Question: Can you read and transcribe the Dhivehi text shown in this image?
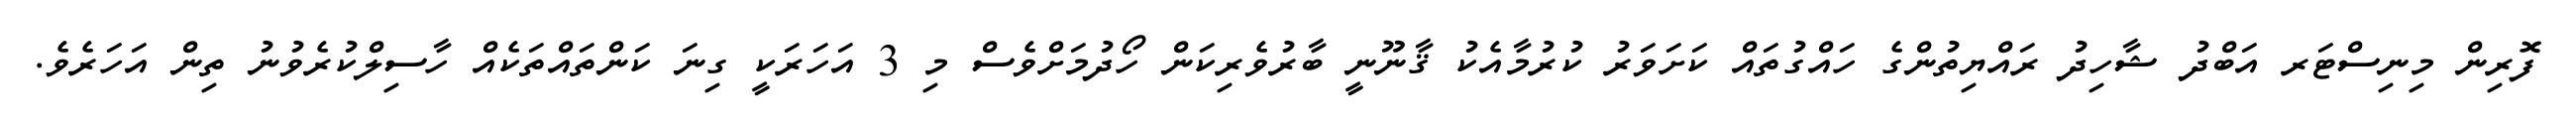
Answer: ފޮރިން މިނިސްޓަރ އަބްދު ޝާހިދު ރައްޔިތުންގެ ހައްގުތައް ކަށަވަރު ކުރުމާއެކު ޤާނޫނީ ބާރުވެރިކަން ހޯދުމަށްވެސް މި 3 އަހަރަކީ ގިނަ ކަންތައްތަކެއް ހާސިލްކުރެވުނު ތިން އަހަރެވެ.